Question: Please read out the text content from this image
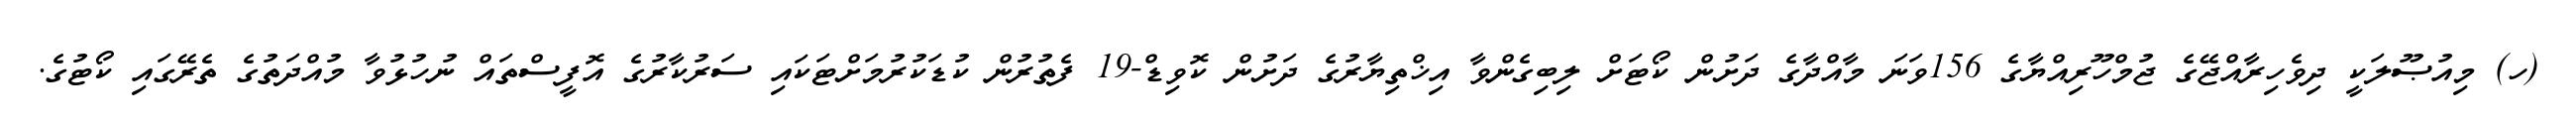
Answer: (ހ) މިއުޞޫލަކީ ދިވެހިރާއްޖޭގެ ޖުމްހޫރިއްޔާގެ 156ވަނަ މާއްދާގެ ދަށުން ކޯޓަށް ލިބިގެންވާ އިޚްތިޔާރުގެ ދަށުން ކޮވިޑް-19 ފެތުރުން ކުޑަކުރުމަށްޓަކައި ސަރުކާރުގެ އޮފީސްތައް ނުހުޅުވާ މުއްދަތުގެ ތެރޭގައި ކޯޓުގެ.